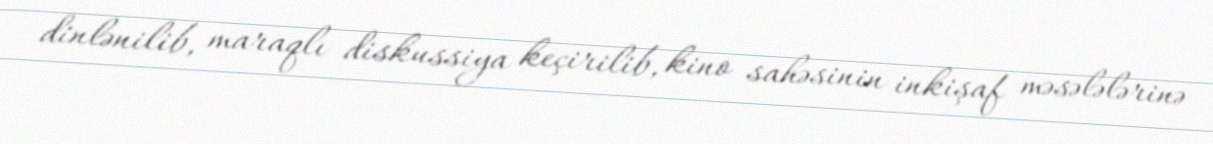
dinlənilib, maraqlı diskussiya keçirilib, kino sahəsinin inkişaf məsələlərinə